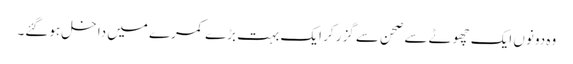
وہ دونوں ایک چھوٹے سے صحن سے گزر کر ایک بہت بڑے کمرے میں داخل ہوگئے۔